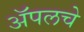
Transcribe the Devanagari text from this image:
ॲपलचे